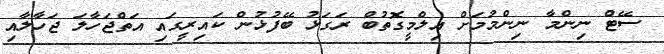
ސޭޓް ނިންމާ ނިންމުމަށް އިލްމީގޮތުބް ރަގަޅު ބޭފުޅުން ކައިރީގައި އަތްޖަހާލަ ޖަހާލާއި